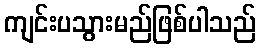
ကျင်းပသွားမည်ဖြစ်ပါသည်